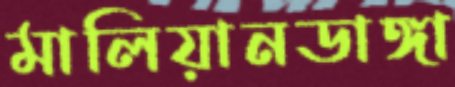
মালিয়ানডাঙ্গা